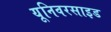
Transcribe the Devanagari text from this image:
यूनिवरसाइड